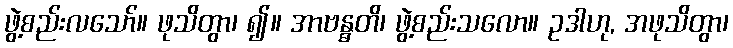
ဖွဲ့စည်းလသော်။ ဖုသိတွာ၊ ၍။ အာဗန္ဓတိ၊ ဖွဲ့စည်းသလော။ ဥဒါဟု, အဖုသိတွာ၊